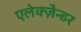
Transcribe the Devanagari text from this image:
एलेक्ज़ैन्डर